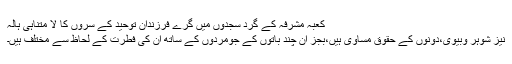
کعبہ مشرفہ کے گرد سجدوں میں گرے فرزندان توحید کے سروں کا لا متناہی ہالہ
نیز شوہر وبیوی،دونوں کے حقوق مساوی ہیں،بجز ان چند باتوں کے جومَردوں کے ساتھ ان کی فطرت کے لحاظ سے مختلف ہیں۔